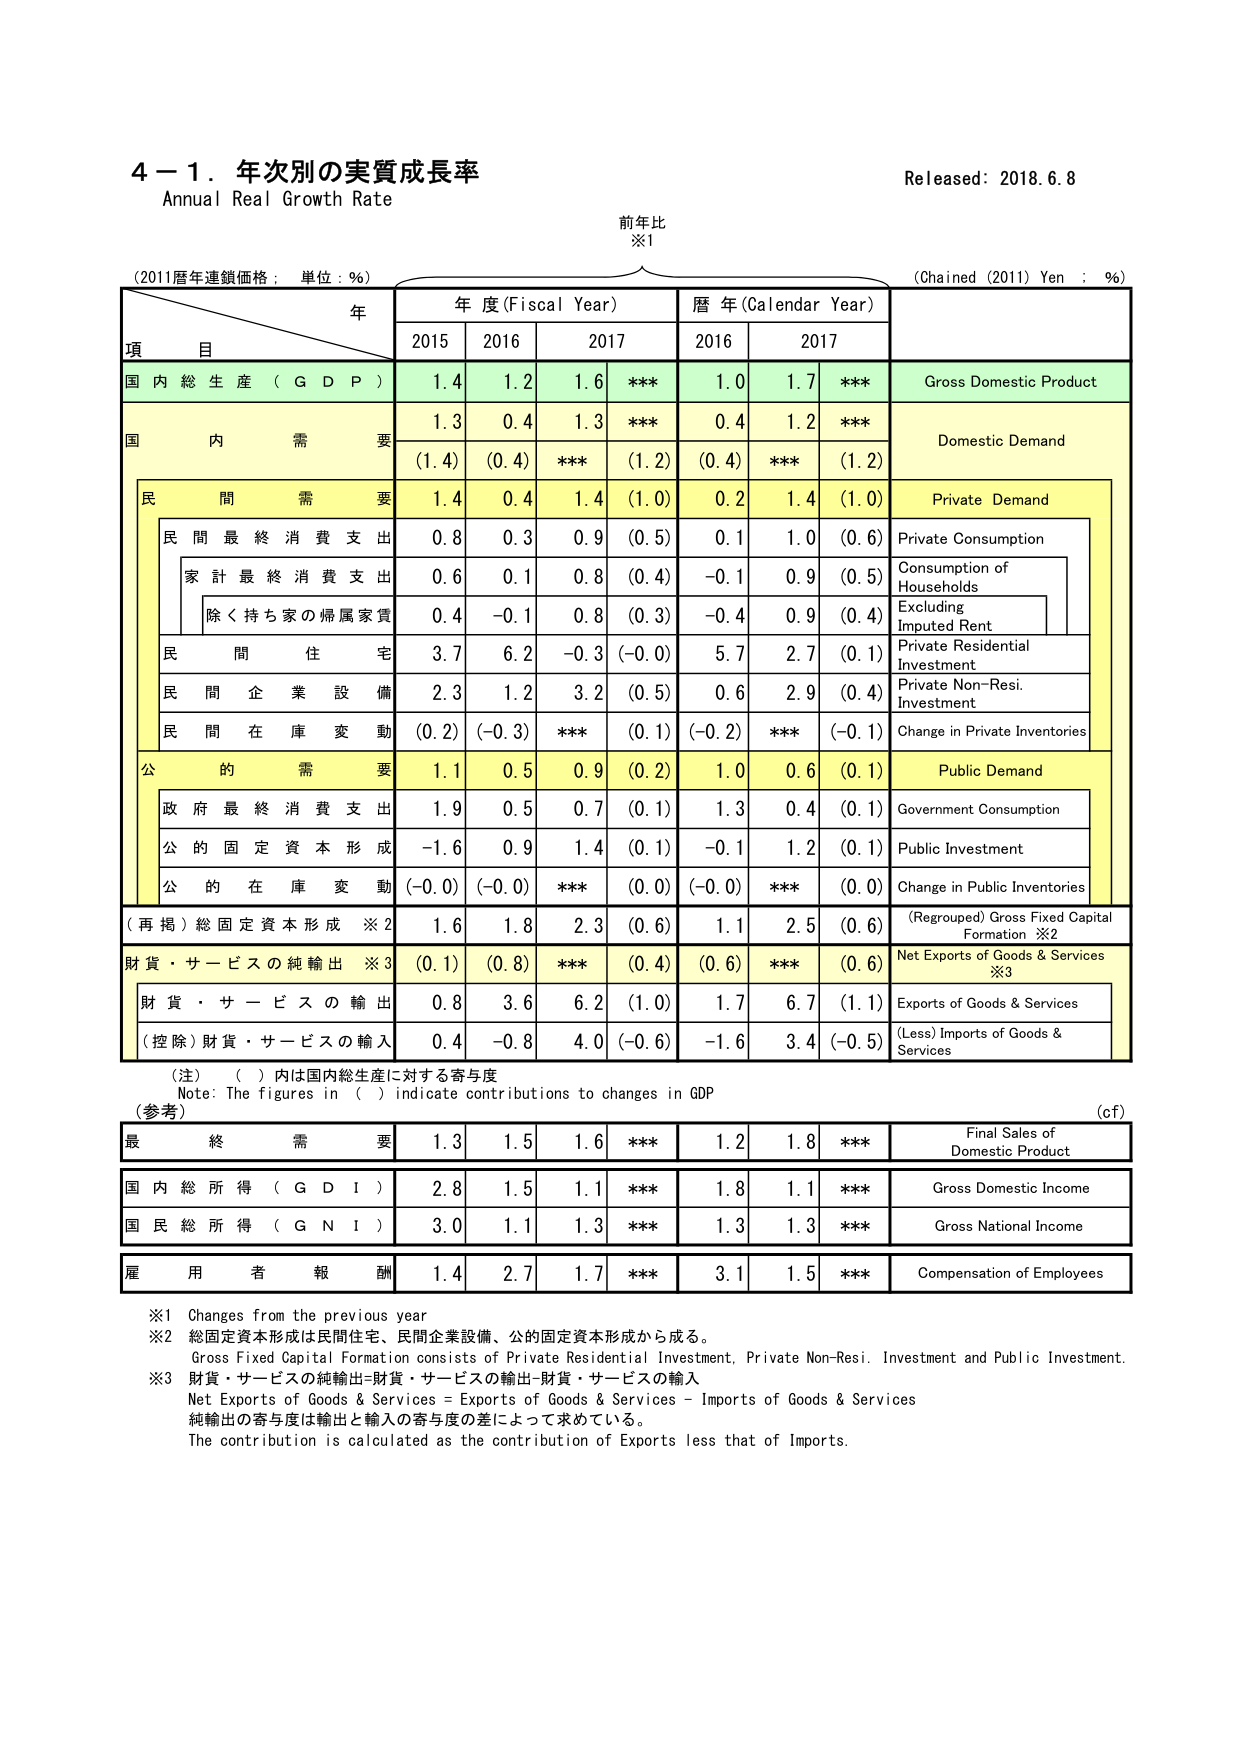
4－1．年次別の実質成長率
Annual Real Growth Rate
Released: 2018.6.8

前年比
※1

(2011暦年連鎖価格：単位：％)
年
年度(Fiscal Year)
暦年(Calendar Year)
(Chained (2011) Yen : %)

項目
2015
2016
2017
2016
2017

国内総生産（GDP）
1.4
1.2
1.6
***
1.0
1.7
***
Gross Domestic Product

国内需要
1.3
0.4
1.3
***
0.4
1.2
***
Domestic Demand
(1.4)
(0.4)
***
(1.2)
(0.4)
***
(1.2)

民間需要
1.4
0.4
1.4
(1.0)
0.2
1.4
(1.0)
Private Demand

民間最終消費支出
0.8
0.3
0.9
(0.5)
0.1
1.0
(0.6)
Private Consumption

家計最終消費支出
0.6
0.1
0.8
(0.4)
-0.1
0.9
(0.5)
Consumption of Households

除く持ち家の帰属家賃
0.4
-0.1
0.8
(0.3)
-0.4
0.9
(0.4)
Excluding Imputed Rent

民間住宅
3.7
6.2
-0.3
(-0.0)
5.7
2.7
(0.1)
Private Residential Investment

民間企業設備
2.3
1.2
3.2
(0.5)
0.6
2.9
(0.4)
Private Non-Resi. Investment

民間在庫変動
(0.2)
(-0.3)
***
(0.1)
(-0.2)
***
(-0.1)
Change in Private Inventories

公的需要
1.1
0.5
0.9
(0.2)
1.0
0.6
(0.1)
Public Demand

政府最終消費支出
1.9
0.5
0.7
(0.1)
1.3
0.4
(0.1)
Government Consumption

公的固定資本形成
-1.6
0.9
1.4
(0.1)
-0.1
1.2
(0.1)
Public Investment

公的在庫変動
(-0.0)
(-0.0)
***
(0.0)
(-0.0)
***
(0.0)
Change in Public Inventories

（再掲）総固定資本形成 ※2
1.6
1.8
2.3
(0.6)
1.1
2.5
(0.6)
(Regrouped) Gross Fixed Capital Formation ※2

財貨・サービスの純輸出 ※3
(0.1)
(0.8)
***
(0.4)
(0.6)
***
(0.6)
Net Exports of Goods & Services ※3

財貨・サービスの輸出
0.8
3.6
6.2
(1.0)
1.7
6.7
(1.1)
Exports of Goods & Services

（控除）財貨・サービスの輸入
0.4
-0.8
4.0
(-0.6)
-1.6
3.4
(-0.5)
(Less) Imports of Goods & Services

（注）（ ）内は国内総生産に対する寄与度
Note: The figures in ( ) indicate contributions to changes in GDP

（参考）
(cF)

最終需要
1.3
1.5
1.6
***
1.2
1.8
***
Final Sales of Domestic Product

国内総所得（GDI）
2.8
1.5
1.1
***
1.8
1.1
***
Gross Domestic Income

国民総所得（GNI）
3.0
1.1
1.3
***
1.3
1.3
***
Gross National Income

雇用者報酬
1.4
2.7
1.7
***
3.1
1.5
***
Compensation of Employees

※1 Changes from the previous year
※2 総固定資本形成は民間住宅、民間企業設備、公的固定資本形成から成る。
Gross Fixed Capital Formation consists of Private Residential Investment, Private Non-Resi. Investment and Public Investment.
※3 財貨・サービスの純輸出=財貨・サービスの輸出-財貨・サービスの輸入
Net Exports of Goods & Services = Exports of Goods & Services - Imports of Goods & Services
純輸出の寄与度は輸出と輸入の寄与度の差によって求めている。
The contribution is calculated as the contribution of Exports less that of Imports.